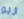
ريو